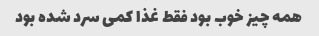
همه چیز خوب بود فقط غذا کمی سرد شده بود